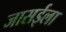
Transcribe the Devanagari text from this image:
जासईला